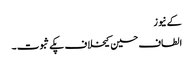
کے نیوز
الطاف حسین کیخلاف پکے ثبوت ۔